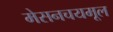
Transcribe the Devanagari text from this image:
मेसनचयमूल